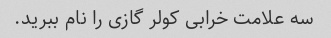
سه علامت خرابی کولر گازی را نام ببرید.